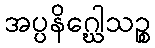
အပ္ပနိဂ္ဃေါသဉ္စ